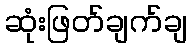
ဆုံးဖြတ်ချက်ချ